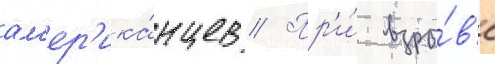
ам'ер'ика́нцев // Пр'и́ взры́в'е